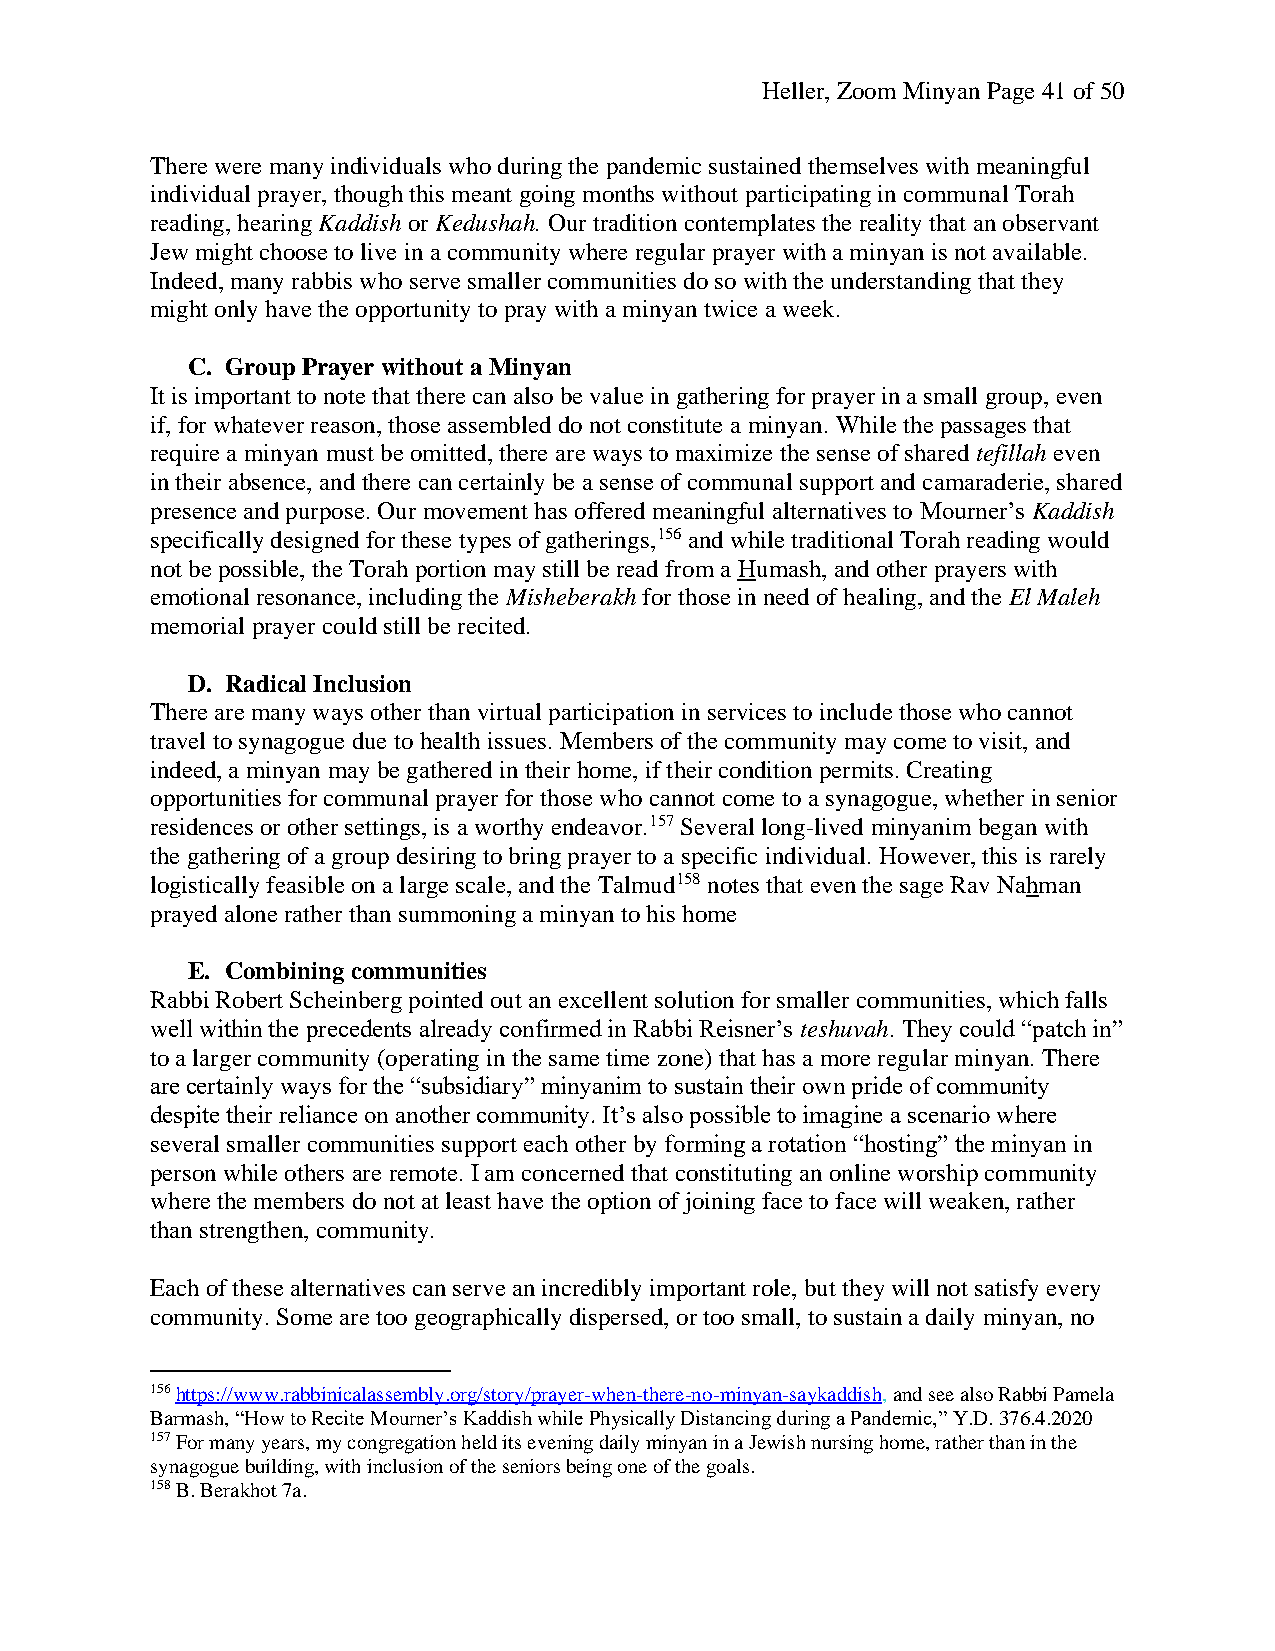
Heller, Zoom Minyan Page 41 of 50
 There were many individuals who during the pandemic sustained themselves with meaningful
 individual prayer, though this meant going months without participating in communal Torah
 reading, hearing Kaddish or Kedushah. Our tradition contemplates the reality that an observant
 Jew might choose to live in a community where regular prayer with a minyan is not available.
 Indeed, many rabbis who serve smaller communities do so with the understanding that they
 might only have the opportunity to pray with a minyan twice a week.
 C. Group Prayer without a Minyan
 It is important to note that there can also be value in gathering for prayer in a small group, even
 if, for whatever reason, those assembled do not constitute a minyan. While the passages that
 require a minyan must be omitted, there are ways to maximize the sense of shared tefillah even
 in their absence, and there can certainly be a sense of communal support and camaraderie, shared
 presence and purpose. Our movement has offered meaningful alternatives to Mourner’s Kaddish
 specifically designed for these types of gatherings,156 and while traditional Torah reading would
 not be possible, the Torah portion may still be read from a Humash, and other prayers with
 emotional resonance, including the Misheberakh for those in need of healing, and the El Maleh
 memorial prayer could still be recited.
 D. Radical Inclusion
 There are many ways other than virtual participation in services to include those who cannot
 travel to synagogue due to health issues. Members of the community may come to visit, and
 indeed, a minyan may be gathered in their home, if their condition permits. Creating
 opportunities for communal prayer for those who cannot come to a synagogue, whether in senior
 residences or other settings, is a worthy endeavor.157 Several long-lived minyanim began with
 the gathering of a group desiring to bring prayer to a specific individual. However, this is rarely
 logistically feasible on a large scale, and the Talmud158 notes that even the sage Rav Nahman
 prayed alone rather than summoning a minyan to his home
 E. Combining communities
 Rabbi Robert Scheinberg pointed out an excellent solution for smaller communities, which falls
 well within the precedents already confirmed in Rabbi Reisner’s teshuvah. They could “patch in”
 to a larger community (operating in the same time zone) that has a more regular minyan. There
 are certainly ways for the “subsidiary” minyanim to sustain their own pride of community
 despite their reliance on another community. It’s also possible to imagine a scenario where
 several smaller communities support each other by forming a rotation “hosting” the minyan in
 person while others are remote. I am concerned that constituting an online worship community
 where the members do not at least have the option of joining face to face will weaken, rather
 than strengthen, community.
 Each of these alternatives can serve an incredibly important role, but they will not satisfy every
 community. Some are too geographically dispersed, or too small, to sustain a daily minyan, no
 156 https://www.rabbinicalassembly.org/story/prayer-when-there-no-minyan-saykaddish, and see also Rabbi Pamela
 Barmash, “How to Recite Mourner’s Kaddish while Physically Distancing during a Pandemic,” Y.D. 376.4.2020
 157 For many years, my congregation held its evening daily minyan in a Jewish nursing home, rather than in the
 synagogue building, with inclusion of the seniors being one of the goals.
 158 B. Berakhot 7a.